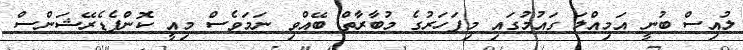
ލުއިސް ބުނީ އަމިއްލަ ގައުމުގައި މިފަހަރުގެ މުބާރާތް ބޭއްވި ނަމަވެސް މިއީ ކޮންފެޑެރޭޝަންސް